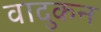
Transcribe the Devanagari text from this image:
वादुकन